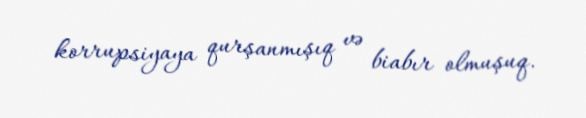
korrupsiyaya qurşanmışıq və biabır olmuşuq.